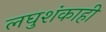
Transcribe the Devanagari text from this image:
लघुशंकाही